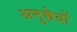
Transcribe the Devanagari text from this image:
अनुच्चेदों